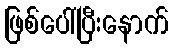
ဖြစ်ပေါ်ပြီးနောက်